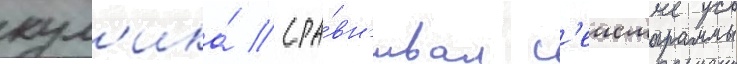
кул'ика́ / сра́вн'ивал с'еисмограммы